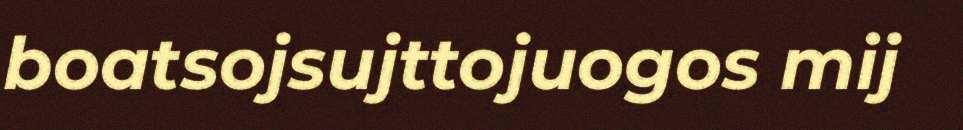
boatsojsujttojuogos mij